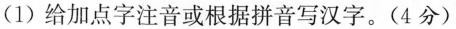
(1)给加点字注音或根据拼音写汉字。(4分)